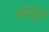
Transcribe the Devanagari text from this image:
जयासुर्या